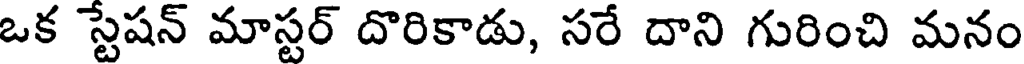
ఒక స్టేషన్ మాస్టర్ దొరికాడు, సరే దాని గురించి మనం